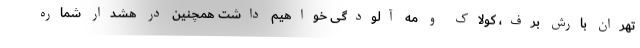
تهران بارش برف، کولاک و مه آلودگی خواهیم داشت همچنین در هشدار شماره